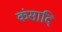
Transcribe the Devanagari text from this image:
कंसादि